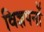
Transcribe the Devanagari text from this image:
विज्ञपनों